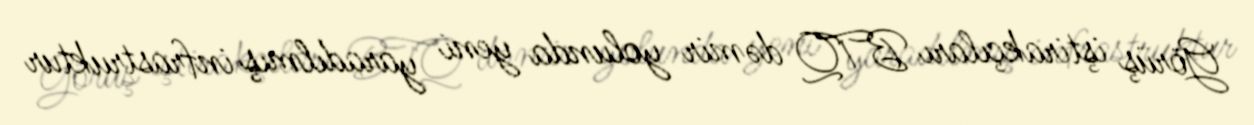
Görüş iştirakçıları BTQ dəmir yolunda yeni yaradılmış infrastruktur